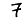
Digit: 7